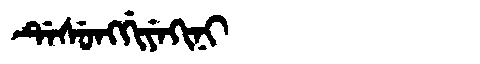
Manchu: ᡩᡝᠰᡠᠩᡤᡳᠶᡝᡴᡳᠨᡳ
Romanization: DESUNGGIYEKINI